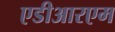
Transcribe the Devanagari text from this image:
एडीआरएम